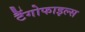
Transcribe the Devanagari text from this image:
टैंगोफाइल्स